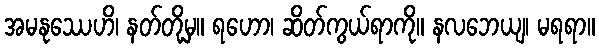
အမနုဿေဟိ၊ နတ်တို့မှ။ ရဟော၊ ဆိတ်ကွယ်ရာကို။ နလဘေယျ၊ မရရာ။